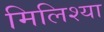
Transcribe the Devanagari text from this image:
मिलिश्या